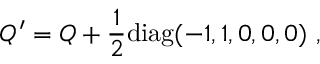
Q ^ { \prime } = Q + { \frac { 1 } { 2 } } \mathrm { d i a g } ( - 1 , 1 , 0 , 0 , 0 ) \ , \nonumber